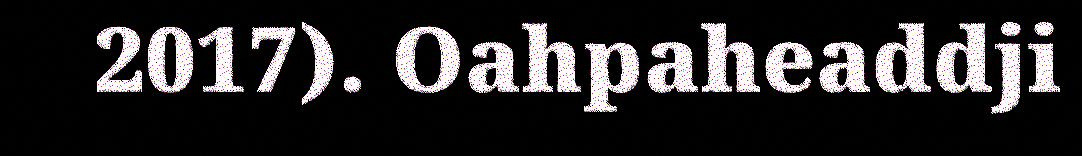
2017). Oahpaheaddji